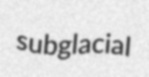
subglacial